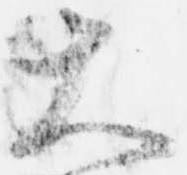
大